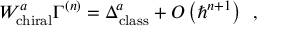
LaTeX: W _ { \mathrm { c h i r a l } } ^ { a } \Gamma ^ { \left( n \right) } = \Delta _ { \mathrm { c l a s s } } ^ { a } + O \left( \hbar ^ { n + 1 } \right) \, \, \, ,